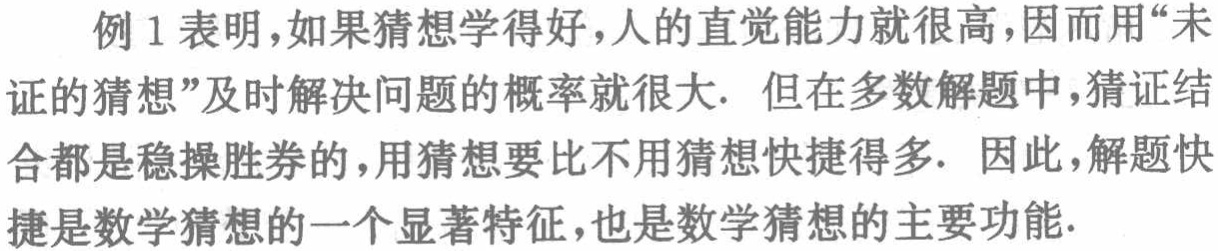
例 1 表明，如果猜想学得好，人的直觉能力就很高，因而用“未证的猜想”及时解决问题的概率就很大. 但在多数解题中，猜证结合都是稳操胜券的，用猜想要比不用猜想快捷得多. 因此，解题快捷是数学猜想的一个显著特征，也是数学猜想的主要功能.